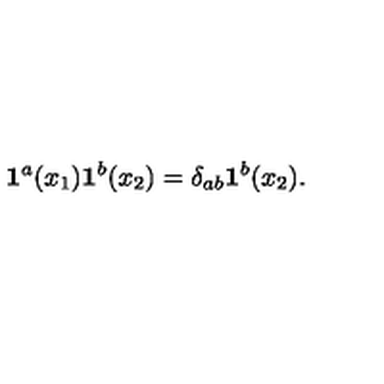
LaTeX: { \bf 1 } ^ { a } ( x _ { 1 } ) { \bf 1 } ^ { b } ( x _ { 2 } ) = \delta _ { a b } { \bf 1 } ^ { b } ( x _ { 2 } ) .